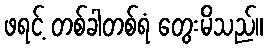
ဖရင့် တစ်ခါတစ်ရံ တွေးမိသည်။